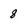
Character: 8